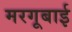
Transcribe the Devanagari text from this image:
मरगूबाई